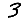
Digit: 3